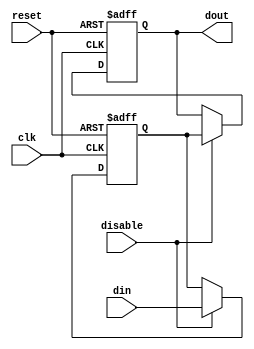
module DisableBlock #(
    parameter WIDTH = 8,          // Width of the input/output signals
    parameter RESET_VALUE = 0     // Value to drive output when disabled (reset behavior)
)(
    input wire clk,               // Clock signal
    input wire reset,             // Asynchronous reset signal
    input wire disable,           // Control signal to disable the block
    input wire [WIDTH-1:0] din,   // Input data
    output reg [WIDTH-1:0] dout   // Output data
);

    // Internal register to hold the output value
    reg [WIDTH-1:0] internal_reg;

    always @(posedge clk or posedge reset) begin
        if (reset) begin
            // Asynchronous reset
            dout <= RESET_VALUE; // Reset output to predefined value
            internal_reg <= RESET_VALUE; // Reset internal register
        end else if (disable) begin
            // Block is active, pass input to output
            internal_reg <= din; // Update internal register with input
            dout <= internal_reg; // Output follows internal register
        end else begin
            // Block is inactive, hold last value or reset
            dout <= dout; // Maintain last output value (transparent behavior)
            // Alternatively, to implement reset behavior, uncomment the line below:
            // dout <= RESET_VALUE; // Drive output to predefined state
        end
    end

endmodule